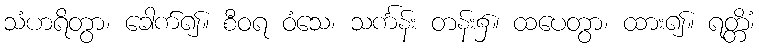
သံဟရိတွာ၊ ခေါက်၍။ စီဝရ ဝံသေ၊ သင်္ကန်း တန်း၌။ ထပေတွာ၊ ထား၍။ ရတ္တိံ၊